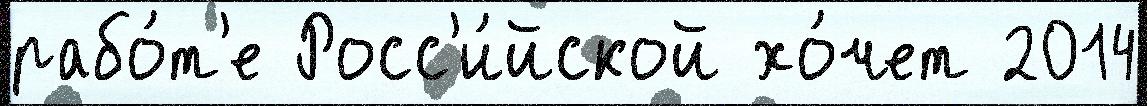
рабо́т'е Росс'и́йской хо́чет 2014